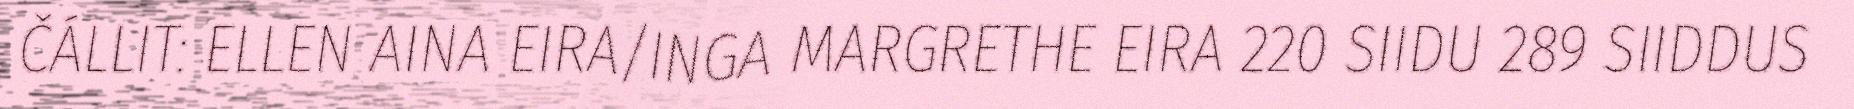
ČÁLLIT: ELLEN AINA EIRA/INGA MARGRETHE EIRA 220 SIIDU 289 SIIDDUS